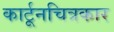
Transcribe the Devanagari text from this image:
कार्टूनचित्रकार